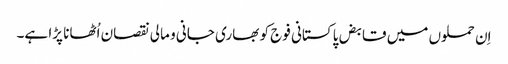
اِن حملوں میں قابض پاکستانی فوج کو بھاری جانی و مالی نقصان اُٹھانا پڑا ہے۔